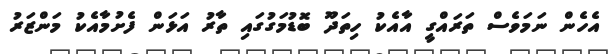
އެހެން ނަމަވެސް ތަރައްގީ އާއެކު ހިތަދޫ ބޮޑުމަގުގައި ތާރު އަޅަން ފެށުމާއެކު މަންޒަރު